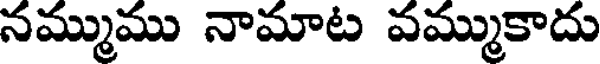
నమ్ముము నామాట వమ్ముకాదు